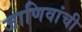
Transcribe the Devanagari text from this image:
जाणिवांची